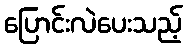
ပြောင်းလဲပေးသည့်